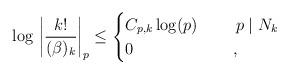
LaTeX: \begin{align*} \log\,\left|\dfrac{k!}{(\beta)_k}\right|_p\le \begin{cases} C_{p,k}\log(p) & \ \ \ \ p \mid N_k\\ 0 & \ \ \enspace, \end{cases} \end{align*}